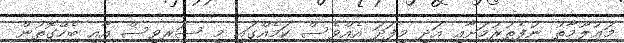
މަޢުލޫމާތު ނުފެތުރުމަށާއި އަދި މިފަދަ އެއްވެސް ކަމެއްގައި މި ސަރވިސް އާއި ބެހޭގޮތުން